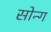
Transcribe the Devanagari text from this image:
सोन्ग